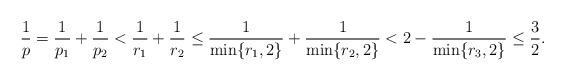
LaTeX: \begin{align*}\frac1p=\frac1{p_1}+\frac1{p_2}<\frac1{r_1}+\frac1{r_2}\le\frac1{\min\{r_1,2\}}+\frac1{\min\{r_2,2\}}<2-\frac1{\min\{r_3,2\}}\le\frac32.\end{align*}